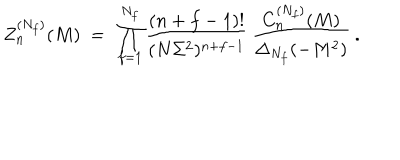
Z _ { n } ^ { ( N _ { f } ) } ( M ) \ = \ \prod _ { f = 1 } ^ { N _ { f } } \frac { ( n + f - 1 ) ! } { ( N \Sigma ^ { 2 } ) ^ { n + f - 1 } } \, \frac { C _ { n } ^ { ( N _ { f } ) } ( M ) } { \Delta _ { N _ { f } } ( - M ^ { 2 } ) } \: .